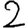
Digit: 2